Language: tamil
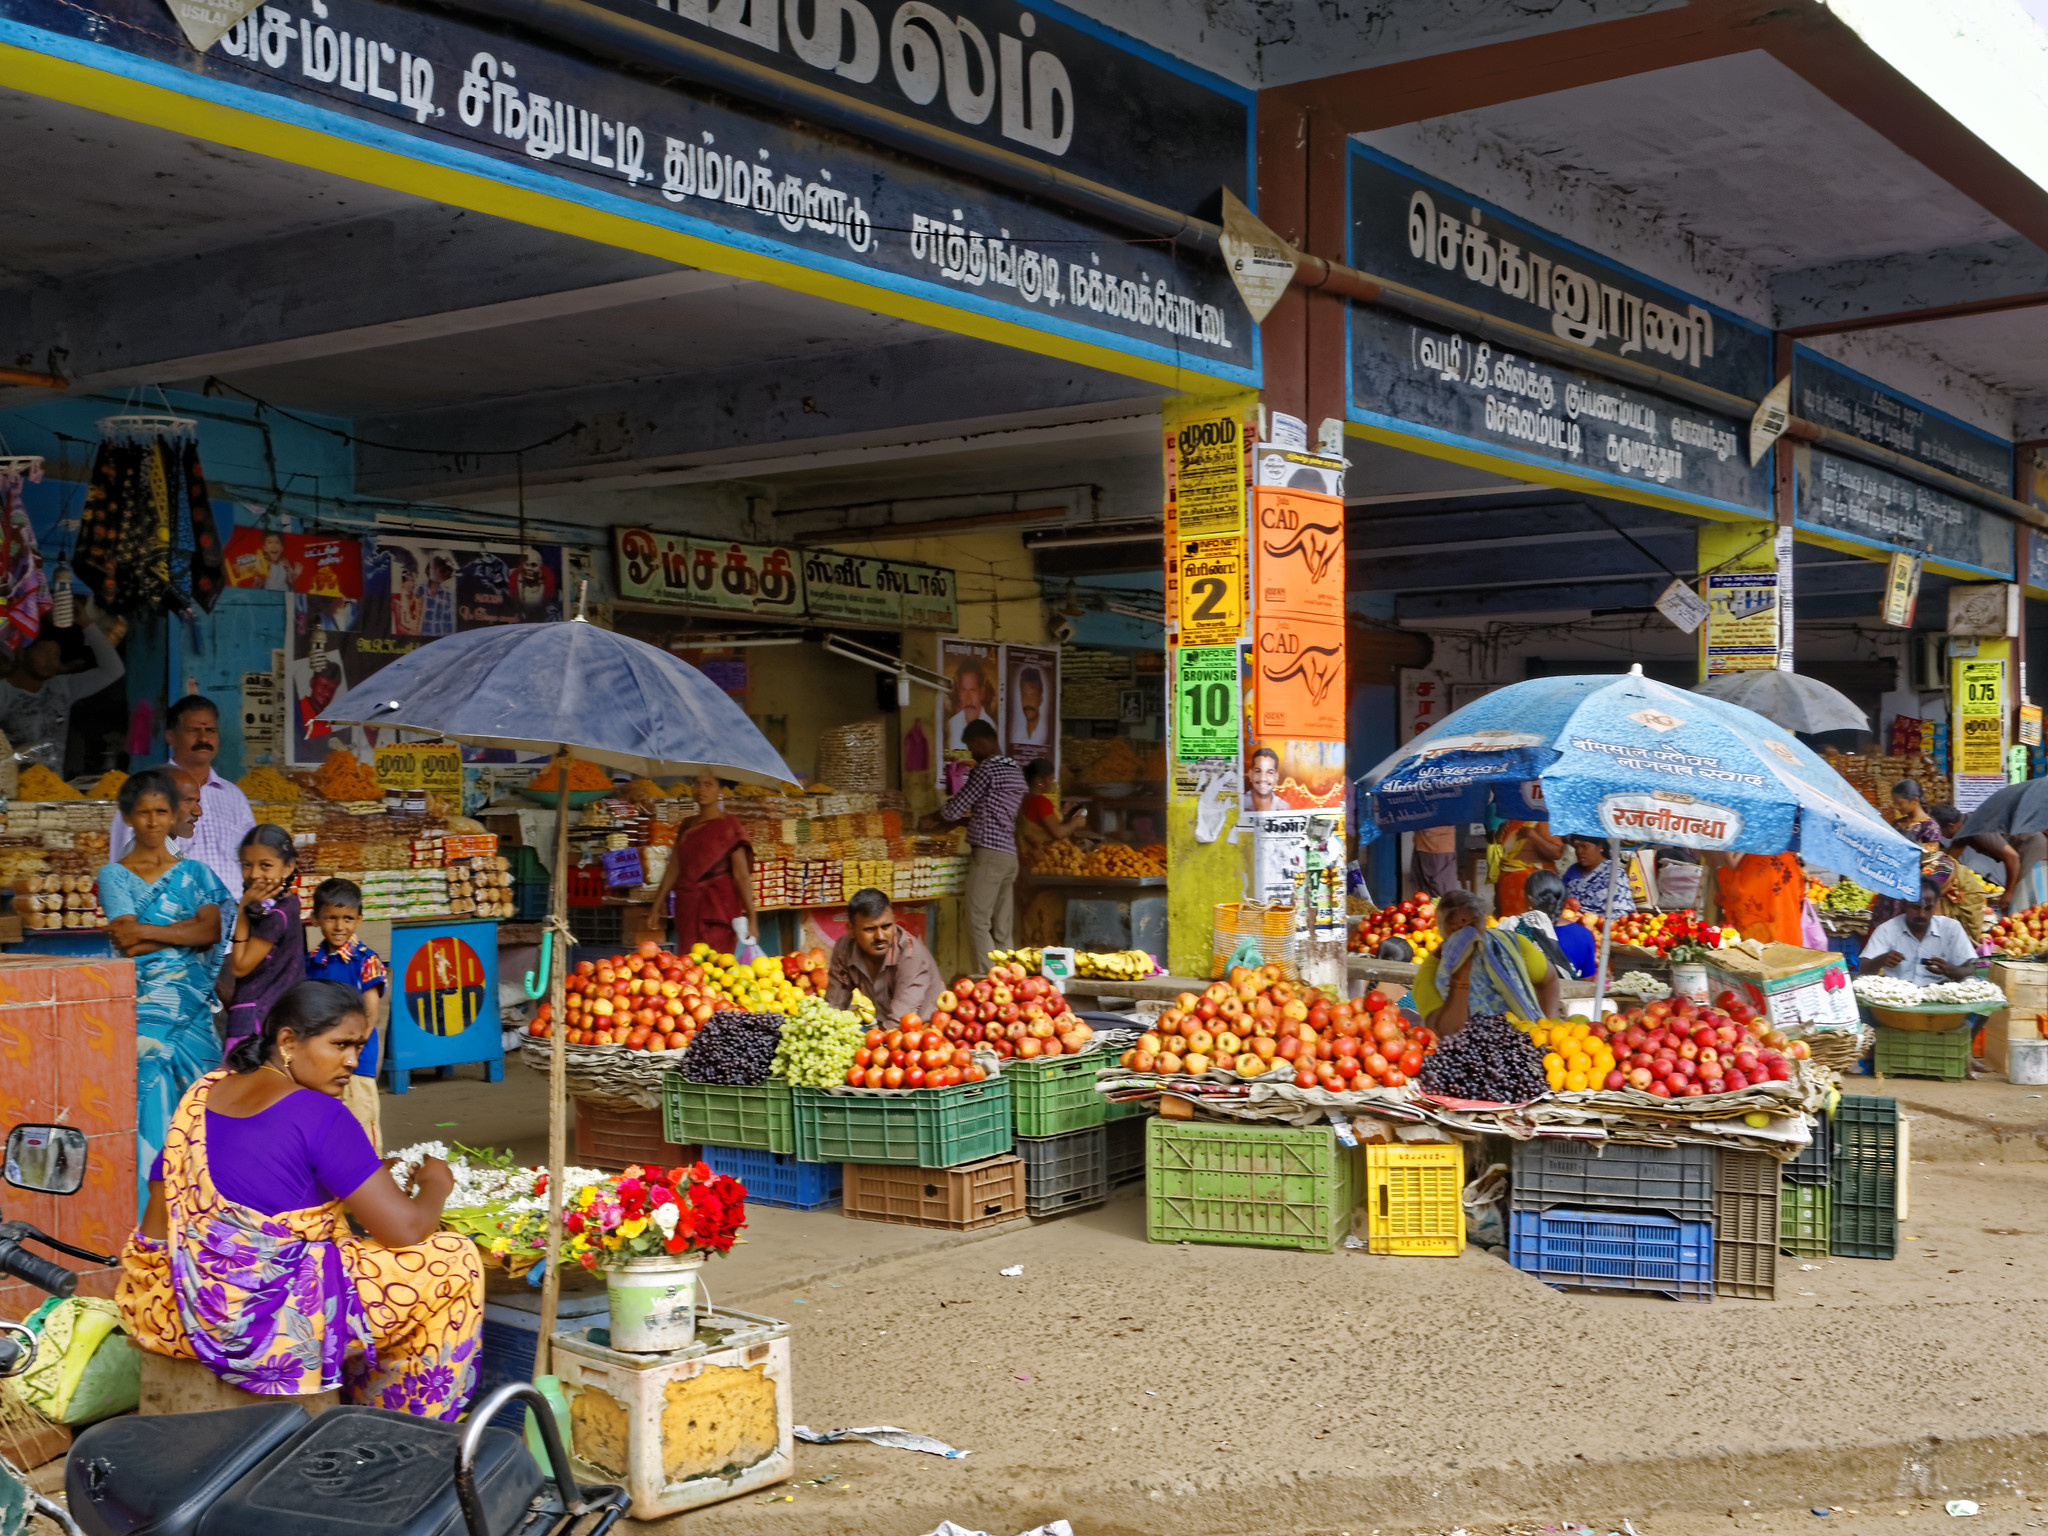
Transcription: சிந்துபட்டி சலம் சம்பட்டி தும்மக்குண்டு சாத்தங்குடி செக்கானூரணி கருமாத்தூர் ஓம்சக்தி ஸ்வீட்ஸ்டால் பிரிண்ட் கண் செல்லம்பட்டி